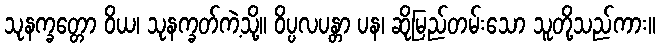
သုနက္ခတ္တော ဝိယ၊ သုနက္ခတ်ကဲ့သို့။ ဝိပ္ပလပန္တာ ပန၊ ဆိုမြည်တမ်းသော သူတို့သည်ကား။